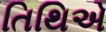
તિથિએ